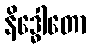
နိဒ္ဓေါတော